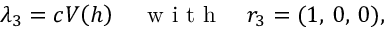
\lambda _ { 3 } = c V \! \left( h \right) \quad \mathrm { ~ w ~ i ~ t ~ h ~ } \quad r _ { 3 } = ( 1 , \, 0 , \, 0 ) ,